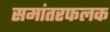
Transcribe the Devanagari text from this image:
समांतरफलक